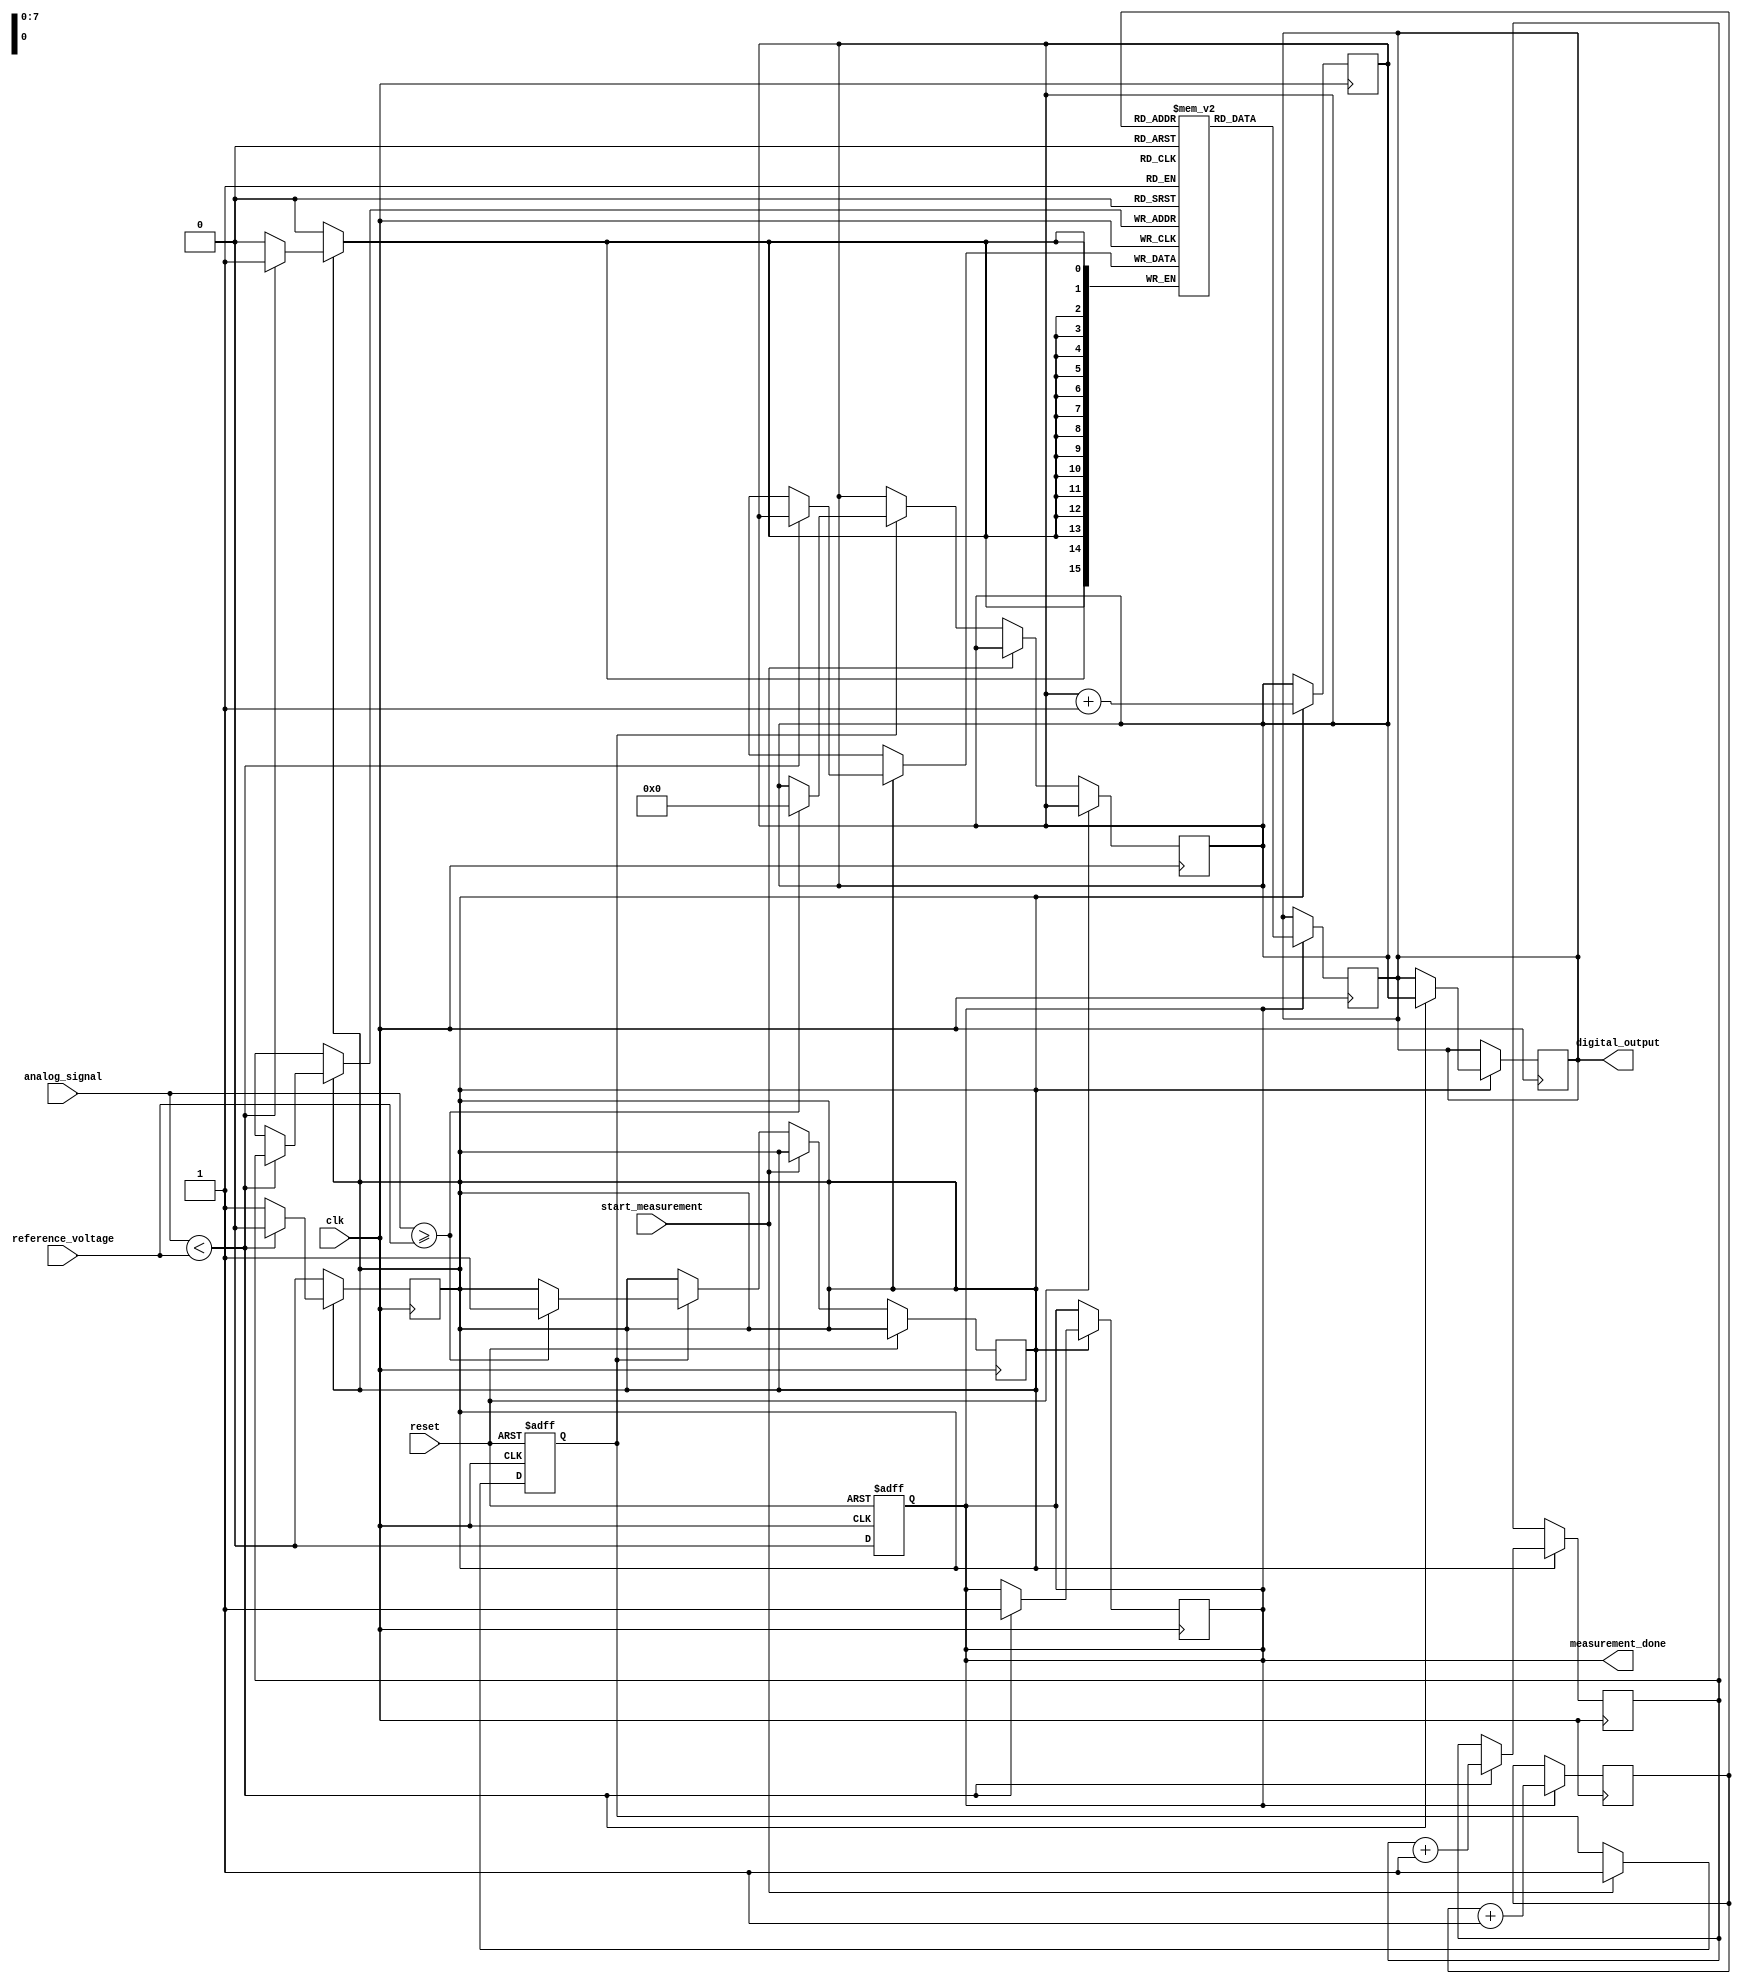
module TDC (
    input wire clk,               // High-frequency clock
    input wire reset,             // Reset signal
    input wire analog_signal,      // Incoming analog signal (1-bit for simplicity)
    input wire reference_voltage,   // Reference voltage for comparison
    input wire start_measurement,  // Signal to start measurement
    output reg [15:0] digital_output, // 16-bit digital output for measured time
    output reg measurement_done    // Signal indicating measurement completion
);

    // Internal signals
    reg [15:0] timer;              // Timer/counter for measuring time intervals
    reg sampling;                  // Sampling control
    reg [15:0] memory [0:255];     // Memory block (FIFO) for storing measurements
    reg [7:0] write_pointer;       // Pointer for writing to memory
    reg [7:0] read_pointer;        // Pointer for reading from memory
    reg measuring;                 // Flag indicating if measurement is ongoing

    // Sampling mechanism (sample-and-hold)
    always @(posedge clk or posedge reset) begin
        if (reset) begin
            sampling <= 0;
        end else if (start_measurement) begin
            sampling <= 1; // Start sampling
        end else if (sampling) begin
            // Sample the analog signal here (for simplicity, just hold the value)
            // In practice, this would involve a sample-and-hold circuit
            if (analog_signal >= reference_voltage) begin
                measuring <= 1; // Start measuring time
                timer <= 0;     // Reset timer
            end
        end
    end

    // Time measurement circuit
    always @(posedge clk) begin
        if (measuring) begin
            timer <= timer + 1; // Increment timer
            if (analog_signal < reference_voltage) begin
                measuring <= 0; // Stop measuring when signal goes below reference
                digital_output <= timer; // Store measured time
                memory[write_pointer] <= timer; // Store in memory
                write_pointer <= write_pointer + 1; // Update write pointer
                measurement_done <= 1; // Indicate measurement is done
            end
        end
    end

    // Control logic for resetting measurement done signal
    always @(posedge clk or posedge reset) begin
        if (reset) begin
            measurement_done <= 0;
        end else if (measurement_done) begin
            // Wait for the next measurement
            measurement_done <= 0;
        end
    end

    // Memory read logic (for demonstration purposes)
    always @(posedge clk) begin
        if (measurement_done) begin
            // Read from memory (for demonstration, just output the last measurement)
            digital_output <= memory[read_pointer];
            read_pointer <= read_pointer + 1; // Update read pointer
        end
    end

endmodule